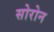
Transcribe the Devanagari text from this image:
सोरोन